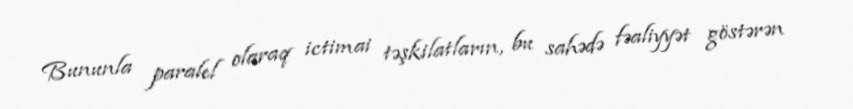
Bununla paralel olaraq ictimai təşkilatların, bu sahədə fəaliyyət göstərən